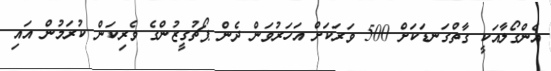
އެންގޯލާއަކީ ގާތްގަނޑަކަށް 500 ވަރަކަށް އަހަރުވަން ދެން ޕޯޗުގީޒުންގެ ވެރިކަން ކުރަމުން އައި